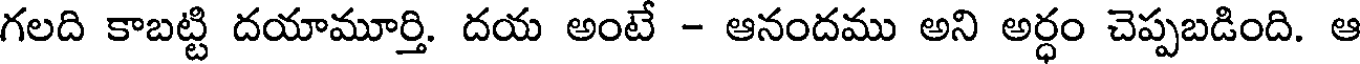
గలది కాబట్టి దయామూర్తి. దయ అంటే - ఆనందము అని అర్ధం చెప్పబడింది. ఆ